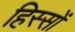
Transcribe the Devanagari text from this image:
हिस्सों